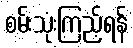
စမ်းသုံးကြည့်ရန်